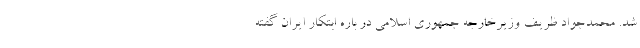
شد. محمدجواد ظریف وزیرخارجه جمهوری اسلامی در باره ابتکار ایران گفته